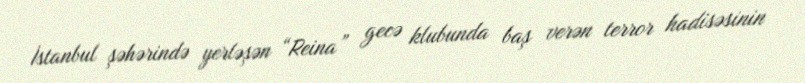
İstanbul şəhərində yerləşən “Reina” gecə klubunda baş verən terror hadisəsinin